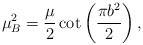
\begin{align*}\mu _{B}^{2}=\frac{\mu }{2}\cot \left( \frac{\pi b^{2}}{2}\right) ,\end{align*}